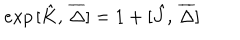
e x p \, [ \hat { K } , \, \overline { { { \Delta } } } ] = 1 + [ \hat { J } , \, \overline { { { \Delta } } } ]